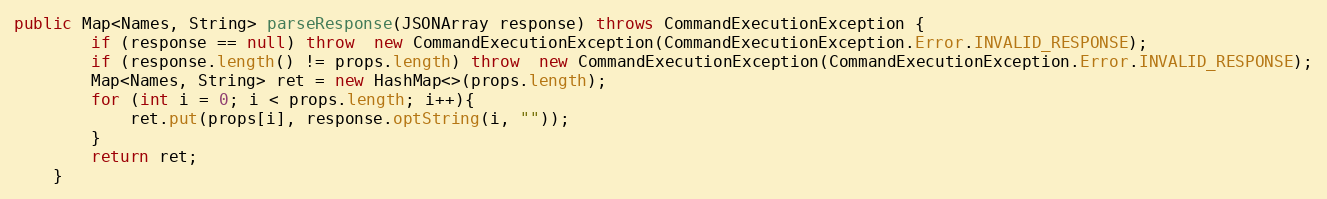
Language: Java
public Map<Names, String> parseResponse(JSONArray response) throws CommandExecutionException {
        if (response == null) throw  new CommandExecutionException(CommandExecutionException.Error.INVALID_RESPONSE);
        if (response.length() != props.length) throw  new CommandExecutionException(CommandExecutionException.Error.INVALID_RESPONSE);
        Map<Names, String> ret = new HashMap<>(props.length);
        for (int i = 0; i < props.length; i++){
            ret.put(props[i], response.optString(i, ""));
        }
        return ret;
    }